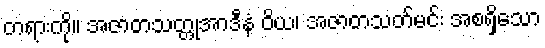
တရားကို။ အဇာတသတ္တုအာဒီနံ ဝိယ၊ အဇာတသတ်မင်း အစရှိသော